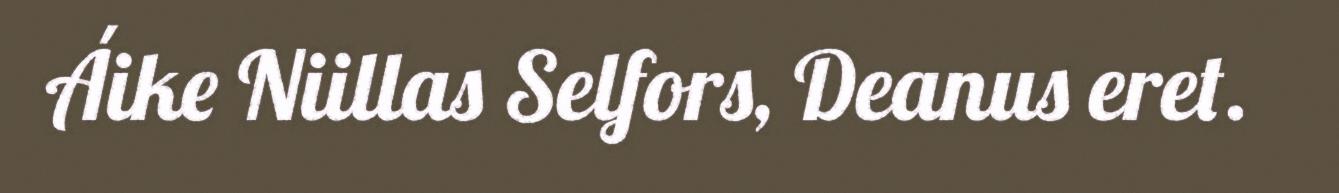
Áike Niillas Selfors, Deanus eret.